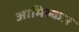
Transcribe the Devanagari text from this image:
आमिल्कार